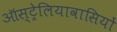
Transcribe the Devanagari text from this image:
ऑस्ट्रेलियावासियों